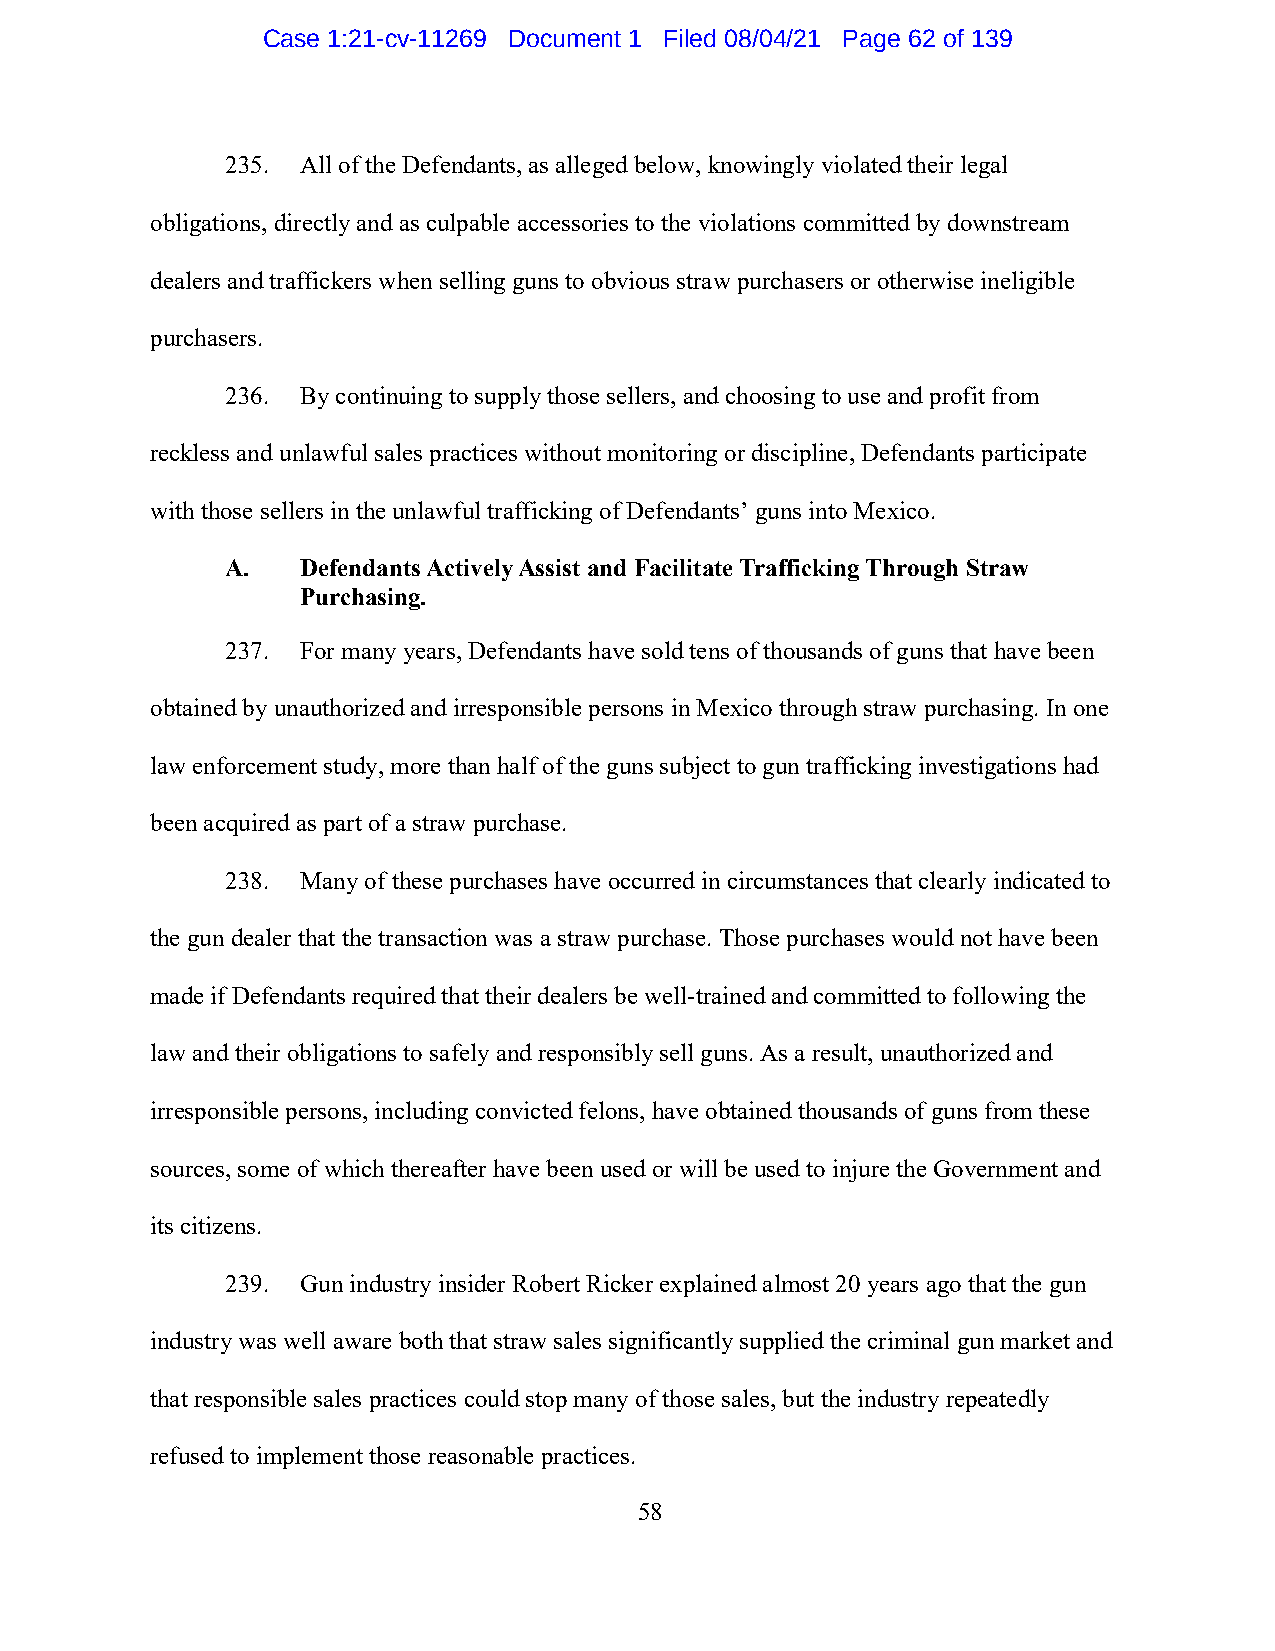
Case 1:21-cv-11269 Document 1 Filed 08/04/21 Page 62 of 139
 235. All of the Defendants, as alleged below, knowingly violated their legal
 obligations, directly and as culpable accessories to the violations committed by downstream
 dealers and traffickers when selling guns to obvious straw purchasers or otherwise ineligible
 purchasers.
 236. By continuing to supply those sellers, and choosing to use and profit from
 reckless and unlawful sales practices without monitoring or discipline, Defendants participate
 with those sellers in the unlawful trafficking of Defendants’ guns into Mexico.
 A.   Defendants Actively Assist and Facilitate Trafficking Through Straw
 Purchasing.
 237. For many years, Defendants have sold tens of thousands of guns that have been
 obtained by unauthorized and irresponsible persons in Mexico through straw purchasing. In one
 law enforcement study, more than half of the guns subject to gun trafficking investigations had
 been acquired as part of a straw purchase.
 238. Many of these purchases have occurred in circumstances that clearly indicated to
 the gun dealer that the transaction was a straw purchase. Those purchases would not have been
 made if Defendants required that their dealers be well-trained and committed to following the
 law and their obligations to safely and responsibly sell guns. As a result, unauthorized and
 irresponsible persons, including convicted felons, have obtained thousands of guns from these
 sources, some of which thereafter have been used or will be used to injure the Government and
 its citizens.
 239. Gun industry insider Robert Ricker explained almost 20 years ago that the gun
 industry was well aware both that straw sales significantly supplied the criminal gun market and
 that responsible sales practices could stop many of those sales, but the industry repeatedly
 refused to implement those reasonable practices.
 58